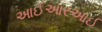
આઈઆરઆઈ